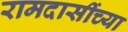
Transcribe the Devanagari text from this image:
रामदासींच्या